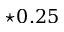
\star 0 . 2 5